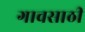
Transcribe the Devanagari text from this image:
गावसाठी